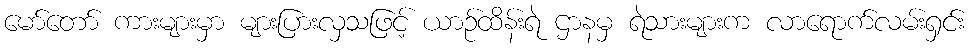
မော်တော် ကားများမှာ များပြားလှသဖြင့် ယာဉ်ထိန်းရဲ ဌာနမှ ရဲသားများက လာရောက်လမ်းရှင်း